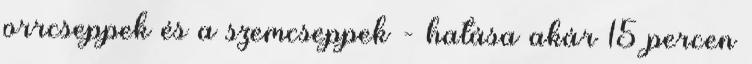
orrcseppek és a szemcseppek - hatása akár 15 percen